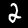
Label: 2